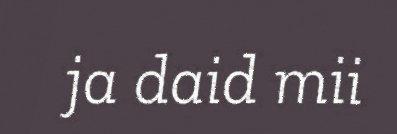
ja daid mii